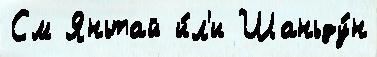
См Яньтай и́л'и Шаньду́н